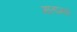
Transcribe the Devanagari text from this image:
मातामहा